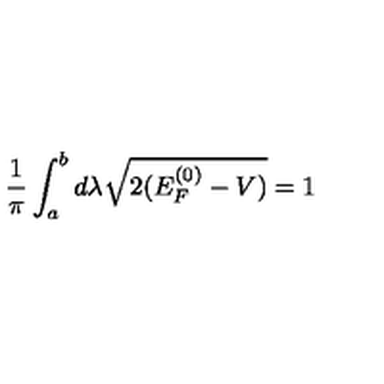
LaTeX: \frac { 1 } { \pi } \int _ { a } ^ { b } d \lambda \sqrt { 2 ( E _ { F } ^ { ( 0 ) } - V ) } = 1